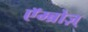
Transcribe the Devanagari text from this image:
एॅम्ब्रोज़्